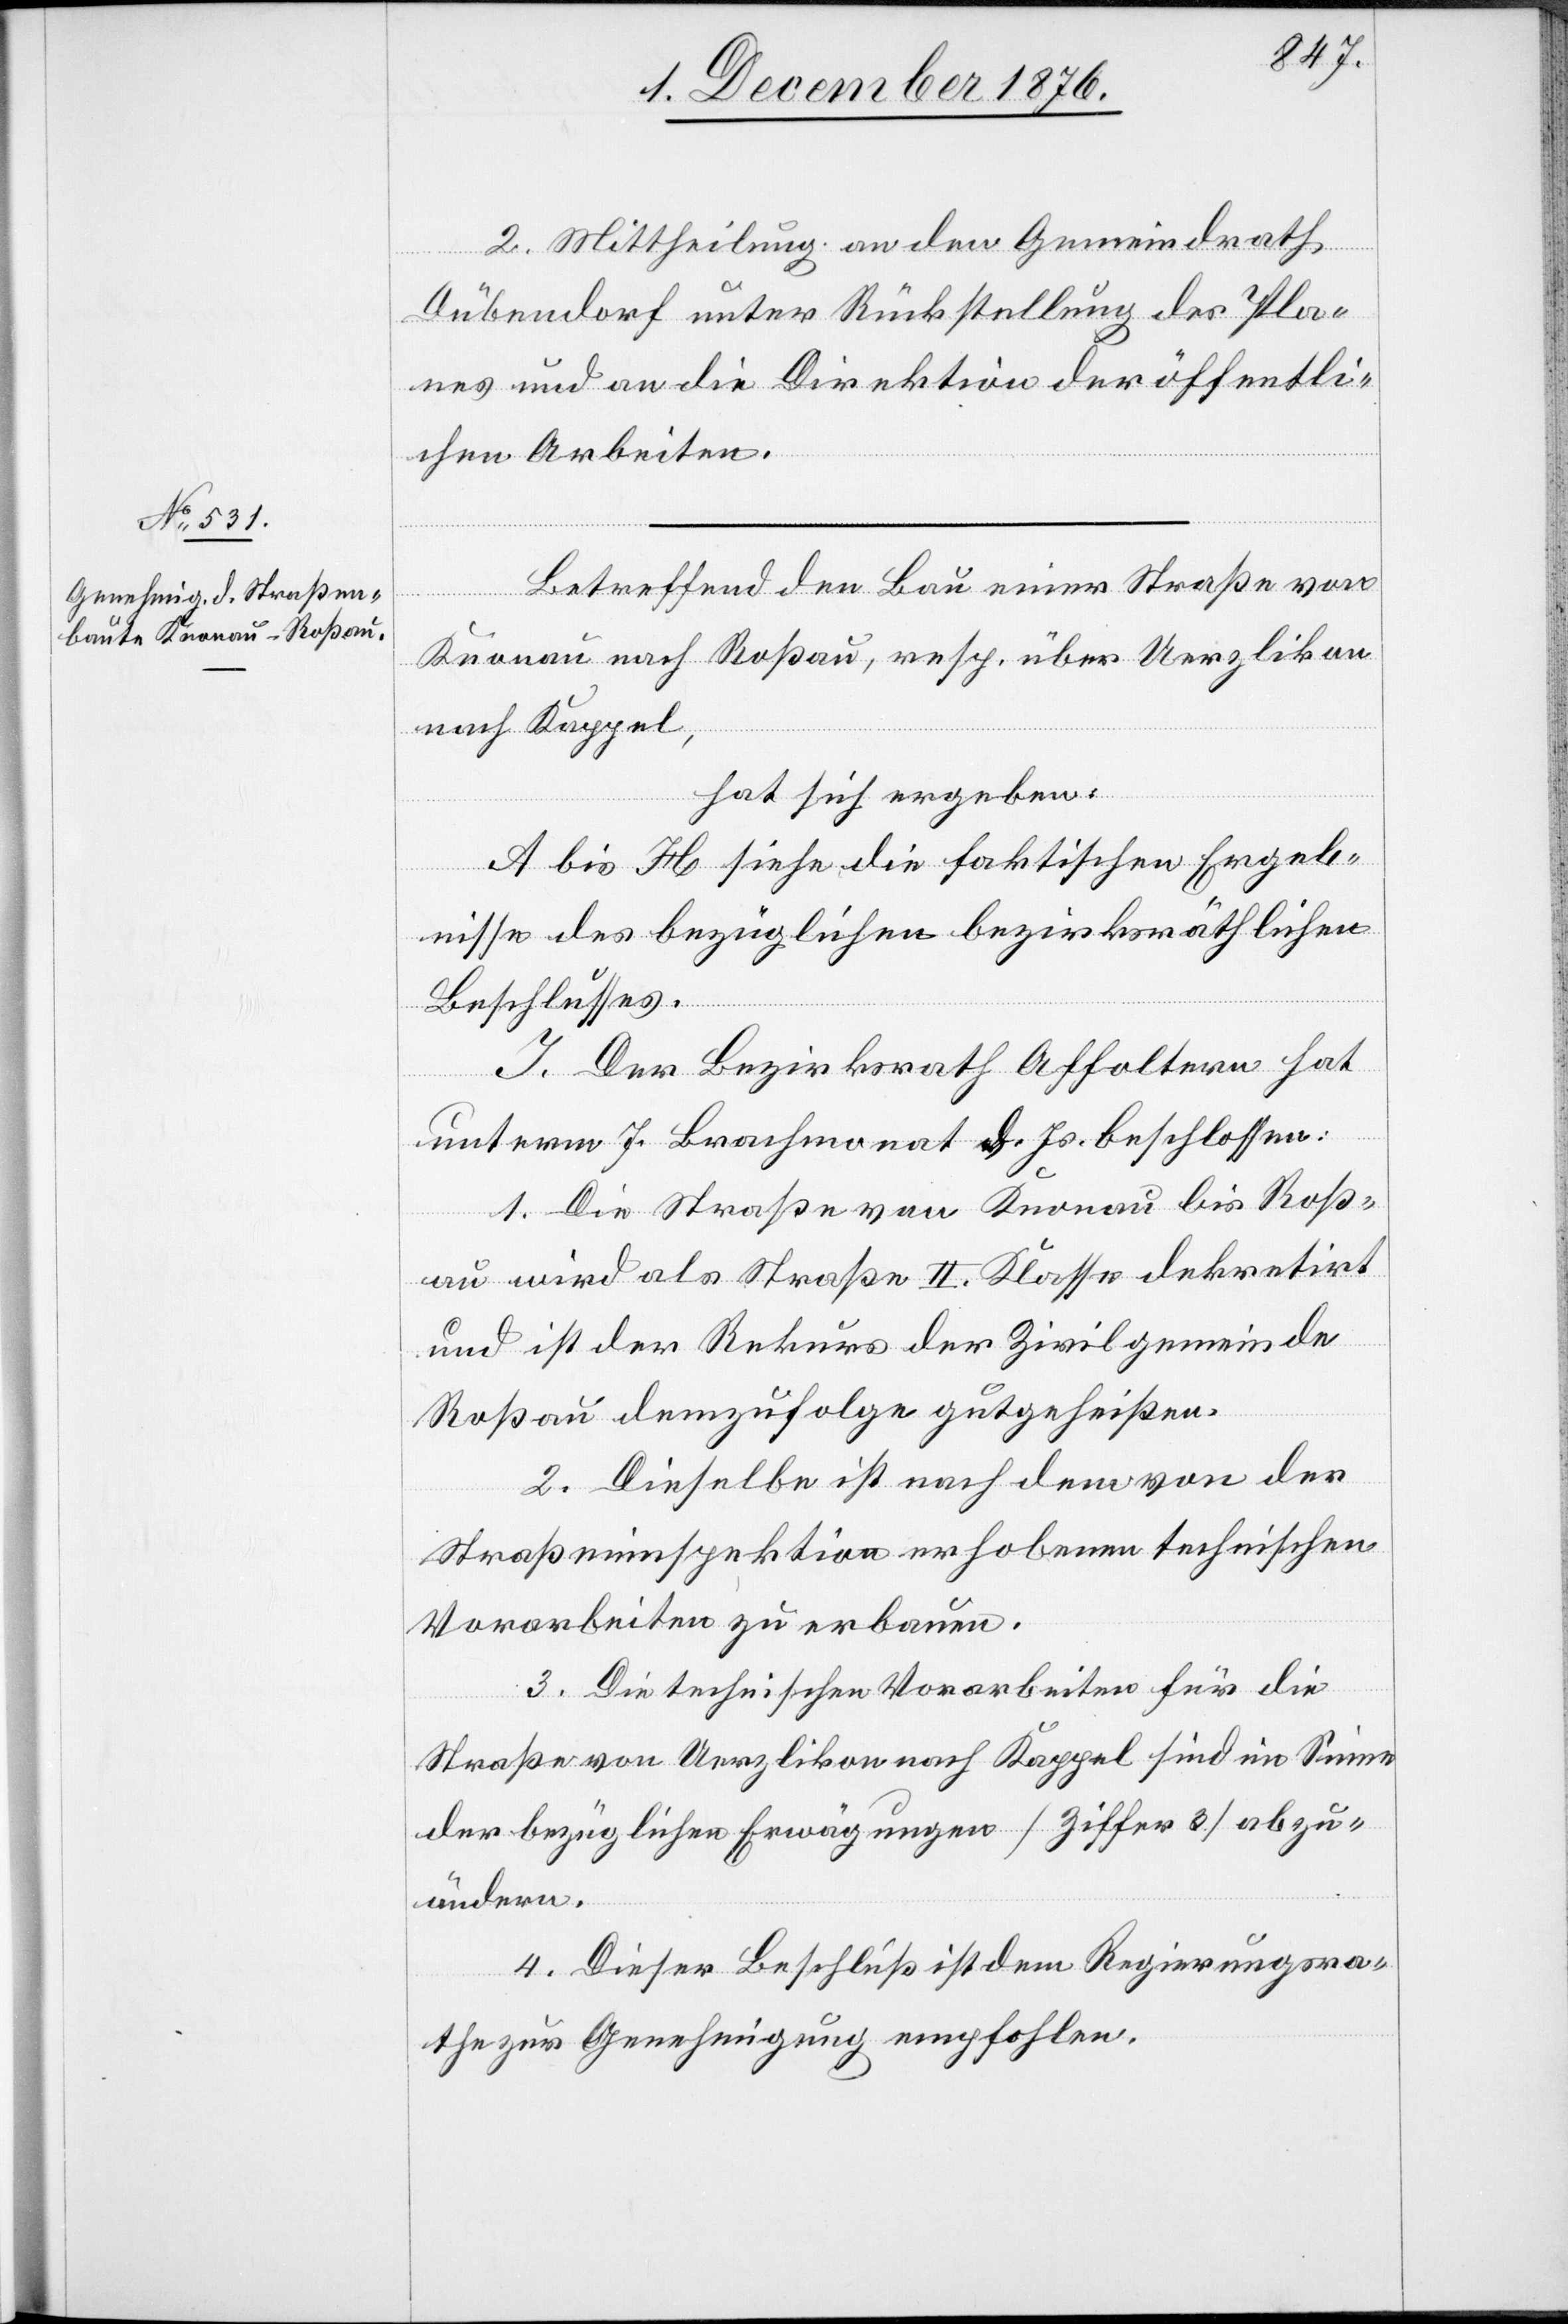
2. Mittheilung an den Gemeindrath
Dübendorf unter Rückstellung des Pla¬
nes und an die Direktion der öffentli¬
chen Arbeiten.
Betreffend den Bau einer Straße von
Knonau nach Roßau, resp. über Uerzlikon
nach Kappel,
hat sich ergeben:
A bis H siehe die faktischen Ergeb¬
nisse des bezüglichen bezirksräthlichen
Beschlusses.
I. Der Bezirksrath Affoltern hat
unterm 7. Brachmonat d. Js. beschlossen:
1. Die Straße von Knonau bis Roß¬
au wird als Straße II. Klasse dekretirt
und ist der Rekurs der Zivilgemeinde
Roßau demzufolge gutgeheißen.
2. Dieselbe ist nach dem von der
Straßeninspektion erhobenen technischen
Vorarbeiten zu erbauen.
3. Die technischen Vorarbeiten für die
Straße von Uerzlikon nach Kappel sind im Sinne
der bezüglichen Erwägungen [Ziffer 3] abzu¬
ändern.
4. Dieser Beschluß ist dem Regierungsra¬
the zur Genehmigung empfohlen.